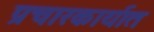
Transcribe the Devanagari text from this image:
प्रचारकार्यात